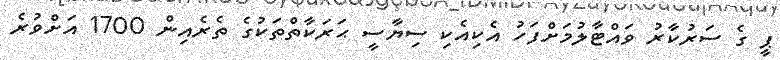
ޕީ ގެ ސަރުކާރު ވައްޓާލުމަށްފަހު އެކިއެކި ސިޔާސީ ޙަރަކާތްތަކުގެ ތެރެއިން 1700 އަށްވުރެ